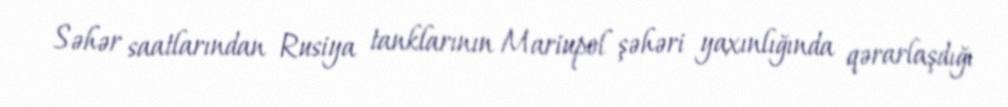
Səhər saatlarından Rusiya tanklarının Mariupol şəhəri yaxınlığında qərarlaşdığı